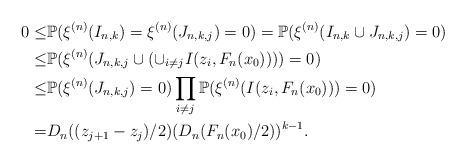
LaTeX: \begin{align*}0\leq&\mathbb{P}(\xi^{(n)}(I_{n,k})=\xi^{(n)}(J_{n,k,j})=0)=\mathbb{P}(\xi^{(n)}(I_{n,k}\cup J_{n,k,j})=0)\\ \leq&\mathbb{P}(\xi^{(n)}(J_{n,k,j}\cup \left(\cup_{i\neq j}I(z_i, F_n(x_0))\right))=0)\\ \leq&\mathbb{P}(\xi^{(n)}(J_{n,k,j})=0)\prod_{i\neq j}\mathbb{P}(\xi^{(n)}(I(z_i, F_n(x_0)))=0)\\=& D_n((z_{j+1}-z_j)/2)(D_n(F_n(x_0)/2))^{k-1}.\end{align*}